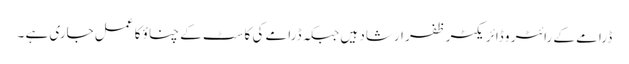
ڈرامے کے رائٹر و ڈائریکٹر ظفر ارشاد ہیں جبکہ ڈرامے کی کاسٹ کے چناؤ کا عمل جاری ہے ۔